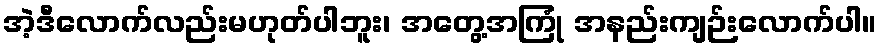
အဲ့ဒီလောက်လည်းမဟုတ်ပါဘူး၊ အတွေ့အကြုံ အနည်းကျဉ်းလောက်ပါ။